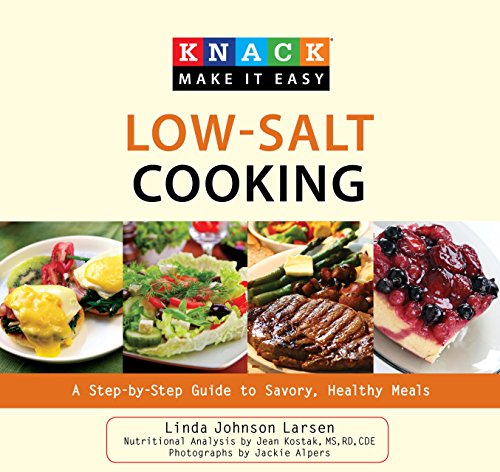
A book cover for Knack Low-Salt Cooking: A Step-By-Step Guide To Savory, Healthy Meals (Knack: Make It Easy); Linda Larsen; Cookbooks, Food & Wine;